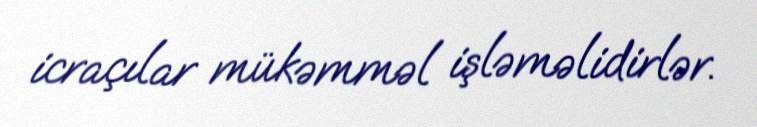
icraçılar mükəmməl işləməlidirlər.